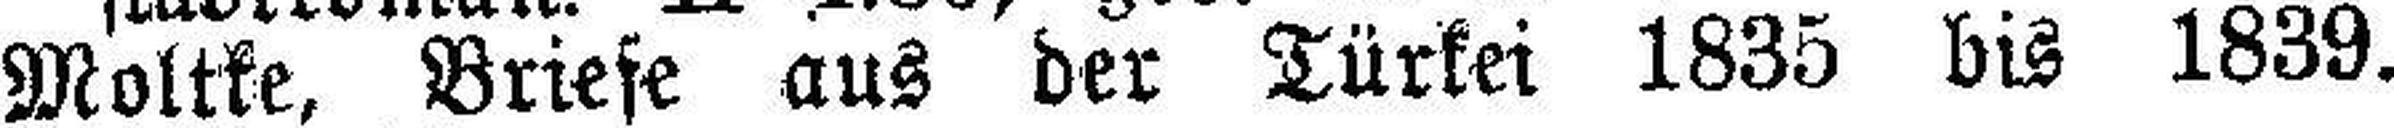
Moltke, Briese aus der Türkei 1835 bis 1839.